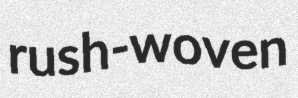
rush-woven